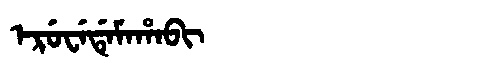
Manchu: ᡝᡵᡠᠸᡝᡩᡝᠮᠠᡥᠠᠪᡳ
Romanization: ERUWEDEMAHABI